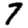
Digit: 7